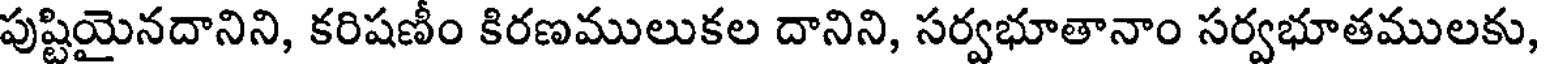
పుష్టియైనదానిని, కరిషణీం కిరణములుకల దానిని, సర్వభూతానాం సర్వభూతములకు,